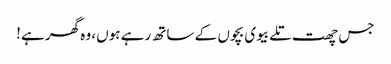
جس چھت تلے بیوی بچوں کے ساتھ رہے ہوں، وہ گھر ہے!